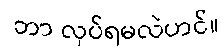
ဘာ လုပ်ရမလဲဟင်။